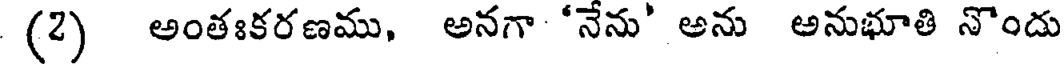
(2) అంతఃకరణము, అనగా 'నేను' అను అనుభూతి నొందు